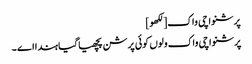
پرشنواچی واک[لکھو]
پرشنواچی واک ولوں کوئی پرشن پچھیا گیا ہندا اے ۔